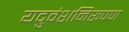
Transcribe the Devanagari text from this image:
यदुवंशनिरूपण